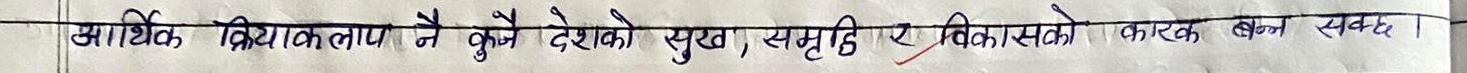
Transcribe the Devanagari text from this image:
आर्थिक क्रियाकलाप नै कुनै देशको सुख, समृद्धि र विकासको कारक बन्न सक्छ।